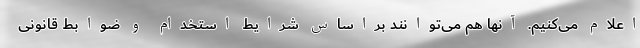
اعلام می‌کنیم. آنها هم می‌توانند براساس شرایط استخدام و ضوابط قانونی